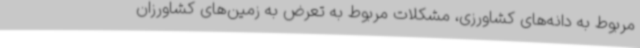
مربوط به دانه‌های کشاورزی، مشکلات مربوط به تعرض به زمین‌های کشاورزان